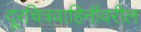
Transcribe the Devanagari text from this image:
दूरचित्रवाहिनींवरील